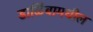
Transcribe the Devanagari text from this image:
डाळिंबामधील